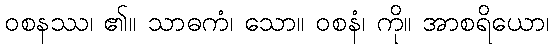
ဝစနဿ၊ ၏။ သာဓကံ၊ သော။ ဝစနံ၊ ကို။ အာစရိယော၊